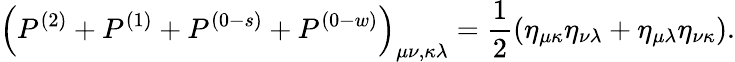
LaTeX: \left(P^{(2)}+P^{(1)}+P^{(0-s)}+P^{(0-w)}\right)_{\mu\nu,\kappa\lambda}=\frac 12\left(\eta_{\mu\kappa}\eta_{\nu\lambda}+\eta_{\mu\lambda}\eta_{\nu\kappa}\right).